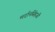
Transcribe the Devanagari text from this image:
मर्दानसिंहजी